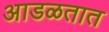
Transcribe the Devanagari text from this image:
अाडळतात